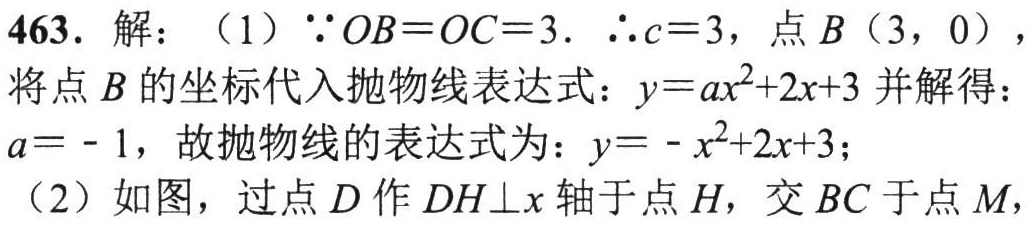
463. 解：（1）\(\because OB = OC = 3\). \(\therefore c = 3\)，点\(B(3,0)\)，
将点\(B\)的坐标代入抛物线表达式：\(y = ax^{2}+2x + 3\)并解得：
\(a=-1\)，故抛物线的表达式为：\(y=-x^{2}+2x + 3\)；
（2）如图，过点\(D\)作\(DH\perp x\)轴于点\(H\)，交\(BC\)于点\(M\)，